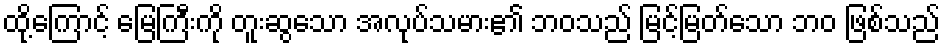
ထို့ကြောင့် မြေကြီးကို တူးဆွသော အလုပ်သမား၏ ဘဝသည် မြင့်မြတ်သော ဘဝ ဖြစ်သည်